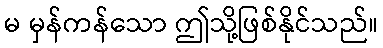
မ မှန်ကန်သော ဤသို့ဖြစ်နိုင်သည်။